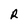
Character: R